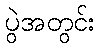
ပွဲအတွင်း